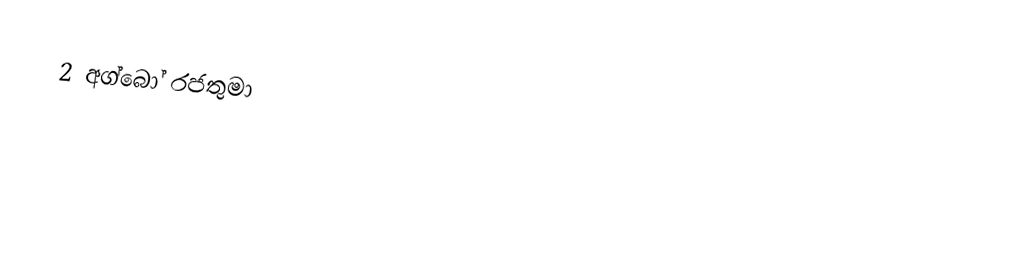
2 අග්බෝ රජතුමා